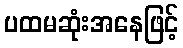
ပထမဆုံးအနေဖြင့်